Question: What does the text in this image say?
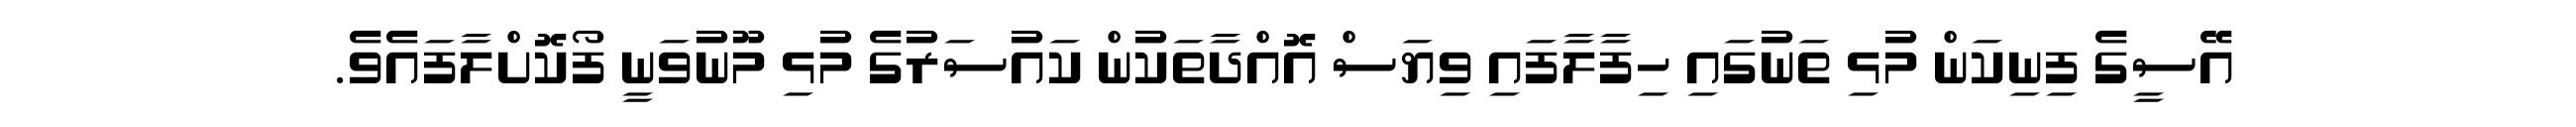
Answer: އޭސީގެ ފިނިކަން މުޅި ތަނުގައި ހިފާލާފައި ވިޔަސް އޮއްދާތަކުން ކައުސަރުގެ މުޅި މޫނުވަނީ ފޯކޮށްލާފައެވެ.